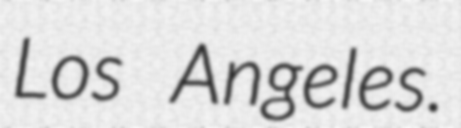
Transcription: Los Angeles.